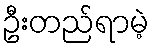
ဦးတည်ရာမဲ့